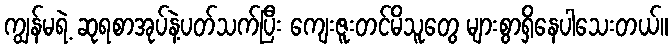
ကျွန်မရဲ့ ဆုရစာအုပ်နဲ့ပတ်သက်ပြီး ကျေးဇူးတင်မိသူတွေ များစွာရှိနေပါသေးတယ်။